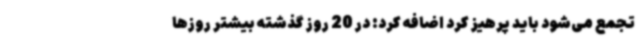
تجمع می‌شود باید پرهیز کرد اضافه کرد: در 20 روز گذشته بیشتر روزها